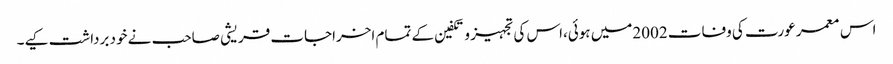
اس معمر عورت کی وفات 2002میں ہوئی،اس کی تجہیز و تکفین کے تمام اخراجات قریشی صاحب نے خود برداشت کیے۔